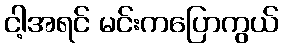
ငါ့အရင် မင်းကပြောကွယ်